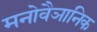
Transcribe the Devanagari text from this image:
मनोवैञानिक